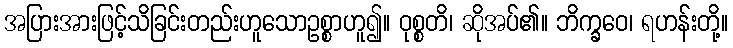
အပြားအားဖြင့်သိခြင်းတည်းဟူသောဥစ္စာဟူ၍။ ဝုစ္စတိ၊ ဆိုအပ်၏။ ဘိက္ခဝေ၊ ရဟန်းတို့။